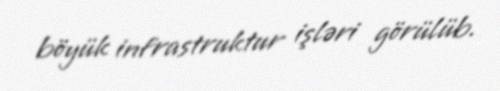
böyük infrastruktur işləri görülüb.